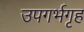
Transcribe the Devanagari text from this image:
उपगर्भगृह